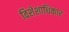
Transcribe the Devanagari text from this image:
विशेशाधिकार